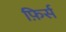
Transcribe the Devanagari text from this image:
फ़िर्स